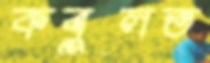
কবুলত